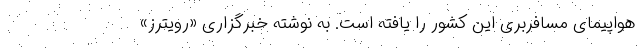
هواپیمای مسافربری این کشور را یافته است. به نوشته خبرگزاری «رویترز»